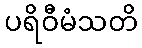
ပရိဝီမံသတိ